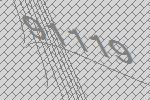
91119